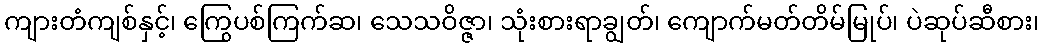
ကျားတံကျစ်နှင့်၊ ကြွေပစ်ကြက်ဆ၊ သေသဝိဇ္ဇာ၊ သုံးစားရာချွတ်၊ ကျောက်မတ်တိမ်မြုပ်၊ ပဲဆုပ်ဆီစား၊